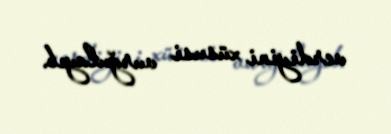
verdiyini xüsusi vurğulayıb.